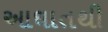
આઘાતથી